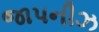
જાપનીઝ